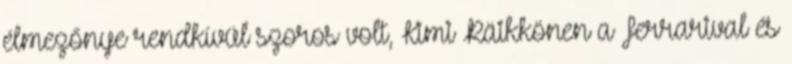
élmezőnye rendkívül szoros volt, Kimi Räikkönen a Ferrarival és